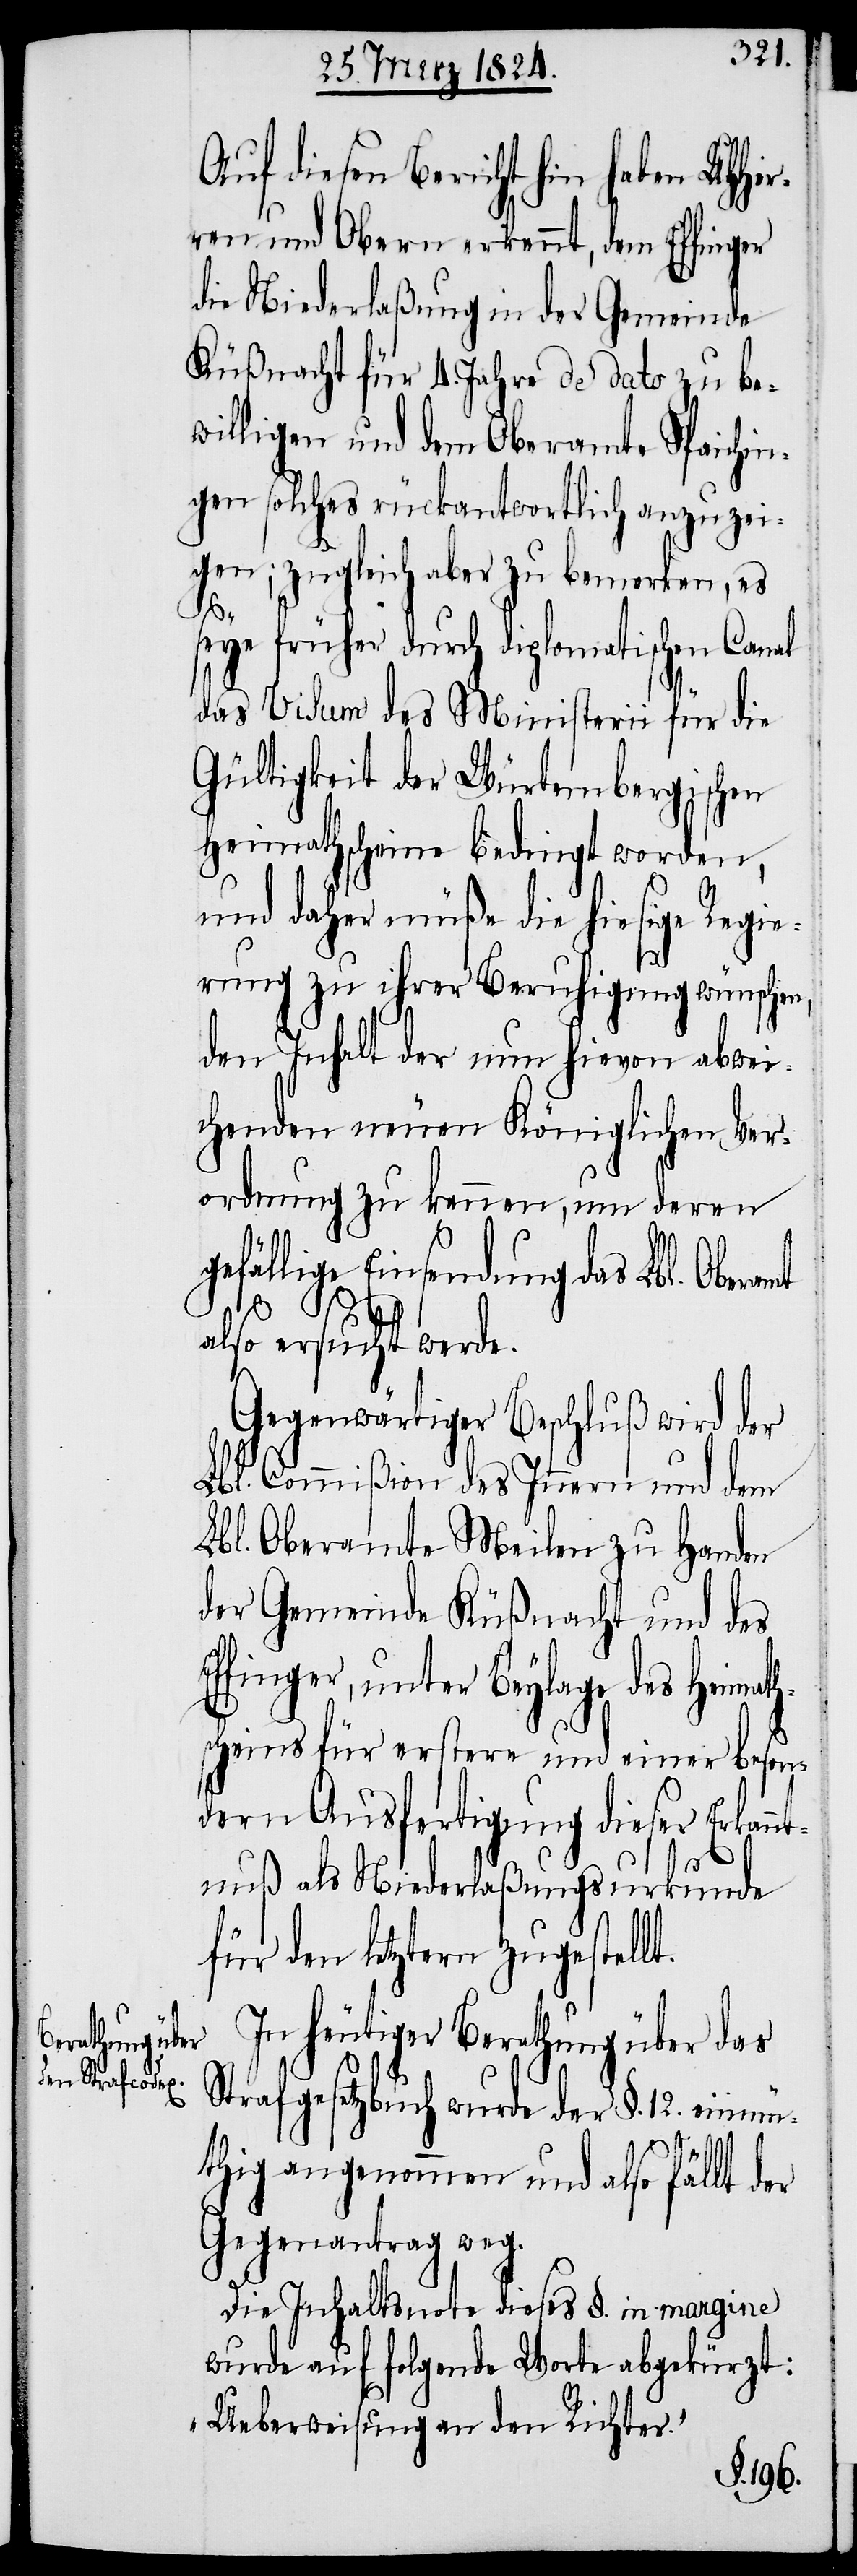
Auf diesen Bericht hin haben UHHer¬
ren und Obern erkennt, dem Effinger
die Niederlaßung in der Gemeinde
Küßnacht für 4. Jahre de dato zu be¬
willigen und dem Oberamte Spaichin¬
gen solches rückantwortlich anzuzei¬
gen; zugleich aber zu bemerken, es
E¬
seye früher durch diplomatischen Canal
das Visum des Ministerii für die
Gültigkeit der Würtembergischen
Heimathscheine bedingt worden,
und daher müße die hiesige Regie¬
rung zu ihrer Beruhigung wünschen,
den Inhalt der nun hievon abwei¬
chenden neuen Königlichen Ver¬
ordnung zu kennen , um deren
fällige Einsendung das Lbl. Obera¬
also ersucht werde.
Gegenwärtiger Beschluß wird der
Lbl. Commißion des Innern und dem
Lbl. Oberamte Meilen zu Handen
der Gemeinde Küßnacht und des
ffinger, unter Beylage des Heimath¬
scheins für erstere und einer beson¬
dern Ausfertigung dieser Erkan¬
ntnuß als Niederlaßungsurkunde
für den letztern zugestellt.
In heutiger Berathung über das
Strafgesetzbuch wurde der §. 12. einmü¬
mt
thig angenommen und also fällt der
Gegenantrag weg.
Die Inhaltsnote dieses §. in margine
wurde auf folgende Worte abgekürzt:
„Ueberweisung an den Richter.“